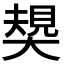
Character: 𡙭